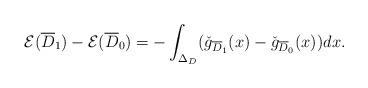
LaTeX: \begin{align*}\mathcal{E}(\overline{D}_1)-\mathcal{E}(\overline{D}_0)=-\int_{\Delta_D}(\check{g}_{\overline{D}_1}(x)-\check{g}_{\overline{D}_0}(x))dx.\end{align*}